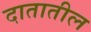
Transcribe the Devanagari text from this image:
दातातील